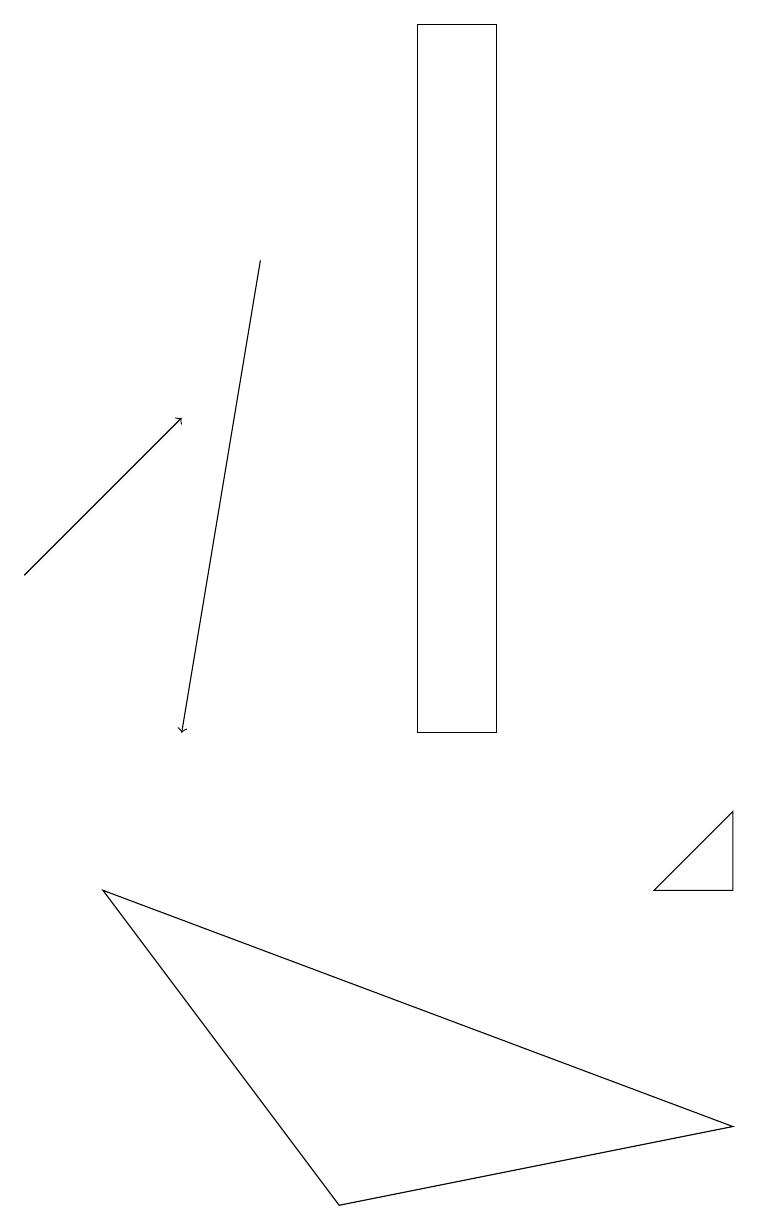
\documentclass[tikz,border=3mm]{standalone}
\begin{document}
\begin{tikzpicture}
\draw[->] (0,12) -- (2,14);
\draw (1,8) -- (9,5) -- (4,4) -- cycle;
\draw (9,9) -- (8,8) -- (9,8) -- cycle;
\draw (6,19) rectangle (5,10);
\draw[->] (3,16) -- (2,10);
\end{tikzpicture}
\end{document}